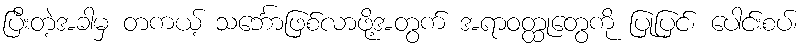
ပြီးတဲ့အခါမှ တကယ့် သင်္ဘောဖြစ်လာဖို့အတွက် အရာဝတ္ထုတွေကို ပြုပြင်၊ ပေါင်းစပ်၊